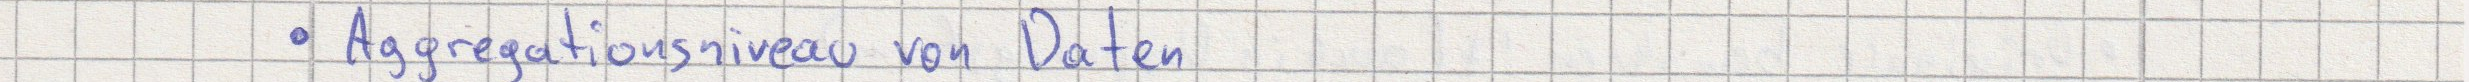
Aggregationsniveau von Daten